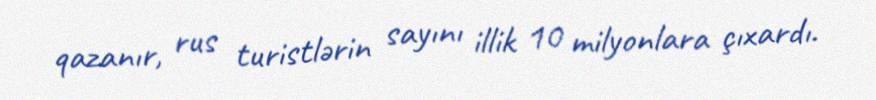
qazanır, rus turistlərin sayını illik 10 milyonlara çıxardı.